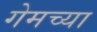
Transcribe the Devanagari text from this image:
गेमच्या